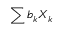
\sum { b _ { k } X _ { k } }